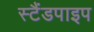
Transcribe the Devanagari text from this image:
स्टैंडपाइप